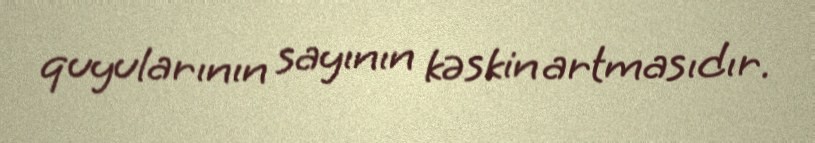
quyularının sayının kəskin artmasıdır.